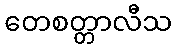
တေစတ္တာလီသ